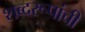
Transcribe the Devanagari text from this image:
शब्दरूपांची